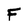
Character: F